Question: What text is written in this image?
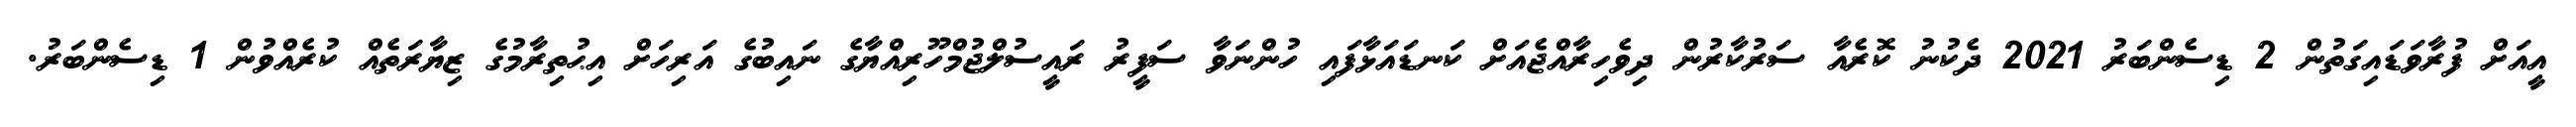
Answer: އީއަށް ފުރާވަޑައިގަތުން 2 ޑިސެންބަރު 2021 ދެކުނު ކޮރެއާ ސަރުކާރުން ދިވެހިރާއްޖެއަށް ކަނޑައަޅާފައި ހުންނަވާ ސަފީރު ރައީސުލްޖުމްހޫރިއްޔާގެ ނައިބުގެ އަރިހަށް އިޙުތިރާމުގެ ޒިޔާރަތެއް ކުރެއްވުން 1 ޑިސެންބަރު.